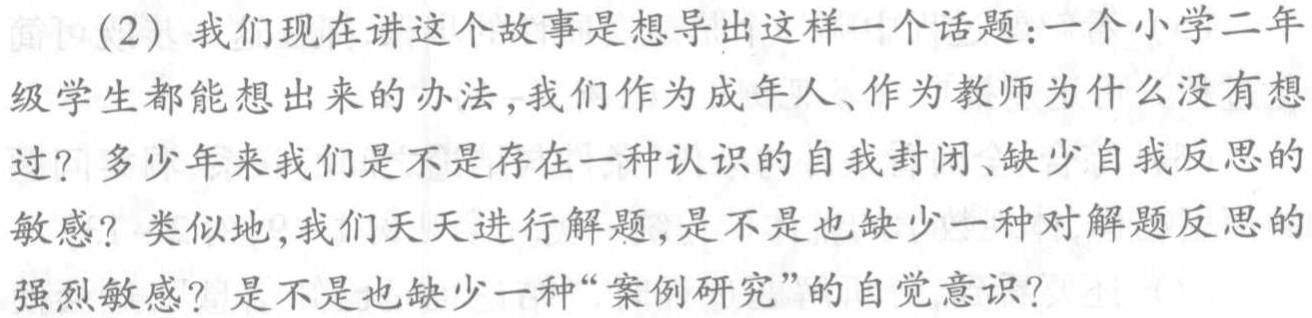
（2）我们现在讲这个故事是想导出这样一个话题：一个小学二年级学生都能想出来的办法，我们作为成年人、作为教师为什么没有想过？多少年来我们是不是存在一种认识的自我封闭、缺少自我反思的敏感？类似地，我们天天进行解题，是不是也缺少一种对解题反思的强烈敏感？是不是也缺少一种“案例研究”的自觉意识？